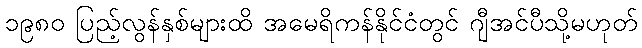
၁၉၈၀ ပြည့်လွန်နှစ်များထိ အမေရိကန်နိုင်ငံတွင် ဂျီအင်ပီသို့မဟုတ်